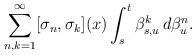
LaTeX: \begin{align*}\sum_{n,k = 1}^{\infty} [\sigma_n, \sigma_k](x) \int_s^t \beta_{s,u}^k\, d\beta_u^n.\end{align*}